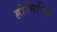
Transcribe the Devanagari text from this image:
होमिनिस